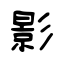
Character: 影